Leaving Certificate Examination, 1924
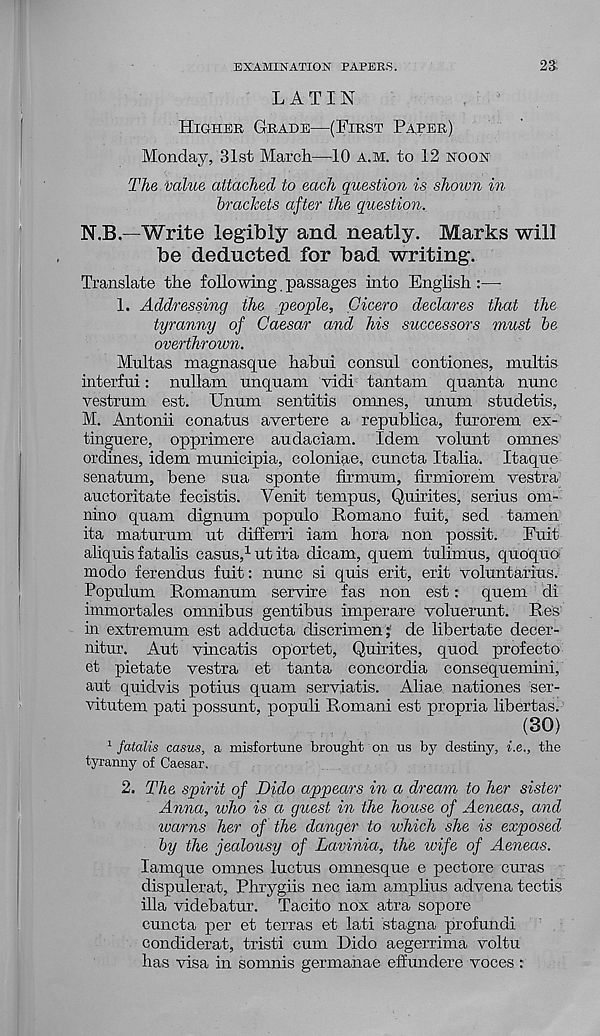
EXAMINATION PAPERS.
23.
LATIN
HIGHER GRADE—(FIRST PAPER)
Monday, 31st March—10 A.M. to 12 NOON
The value attached to each question is shown in
brackets after the question.,
N.B.—Write legibly and neatly. Marks will
be deducted for bad writing.
Translate the following passages into English :—
1. Addressing the people, Cicero declares that the
tyranny of Caesar and his successors must be
overthrown.
Multas magnasque habui consul contiones, xnultis
interfui: nullam unquam vidi tantam quanta nunc
vestrum est. Unum sentitis omnes, unum studetis,
M. Antonii conatus avertere a republica, furorem ex-
tinguere, opprimere audaciam. Idem volunt omnes
ordines, idem municipia, coloniae, cuncta Italia. Itaque
senatum, bene sua sponte firmum, firmiorem vestra
auctoritate fecistis. Venit tempus, Quirites, serins om-
nino quam dignum populo Romano fuit, sed tamen
ita maturum ut differri iam hora non possit. Fuit
aliquis fatalis casus, 1 ut ita dicam, quern tulimus, quoquo
modo ferendus fuit: nunc si quis erit, erit voluntarius.
Populum Romanum servire fas non est: quern di
immortales omnibus gentibus imperare voluerunt. Res
in extremum est adducta discrimen; de libertate decer-
nitur. Aut vincatis oportet, Quirites, quod profecto
et pietate vestra et tanta concordia consequemini,
aut quidvis potius quam serviatis. Aliae nationes ser-
vitutem pati possunt, populi Romani est propria libertas.
(30)
1 fatalis casus, a misfortune brought on us by destiny, i.e., the
tyranny of Caesar.
2. The spirit of Dido appears in a dream to her sister
Anna, who is a guest in the house of Aeneas, and
warns her of the danger to which she is exposed
by the jealousy of Lavinia, the wife of Aeneas.
lamque omnes luctus omnesque e pectore curas
dispulerat, Phrygiis nec iam amplius advena tectis
ilia videbatur. Tacito nox atra sopore
cuncta per et terras et lati stagna profundi
condiderat, tristi cum Dido aegerrima voltu
has visa in somnis germanae effundere voces :